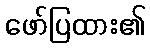
ဖော်ပြထား၏